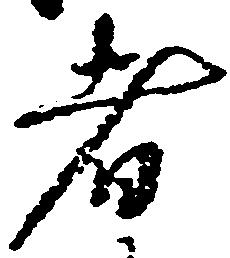
者